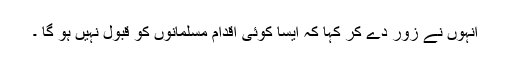
انہوں نے زور دے کر کہا کہ ایسا کوئی اقدام مسلمانوں کو قبول نہیں ہو گا ۔